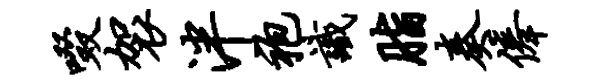
啜袈泮袍识脂奏俸